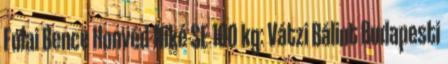
Fulai Bence Honvéd-Niké SE 100 kg: Vátzi Bálint Budapesti